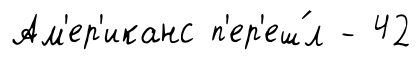
Ам'ер'иканс п'ер'еш́л - 42